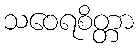
သဝေရစိတ္တာ